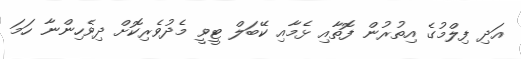
އަދި ފިލްމުގެ އިތުރުން ފޮތާއި ޅެމާއި ކޭބަލް ޓީވީ މެދުވެރިކޮށް ދިވެހިންނާ ހަމަ